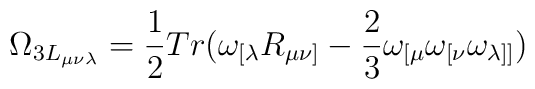
\Omega_{3L_{\mu\nu\lambda}}=\frac{1}{2}Tr(\omega_{[\lambda}R_{\mu\nu]}-\frac{2}{3}\omega_{[\mu}\omega_{[\nu}\omega_{\lambda]]})